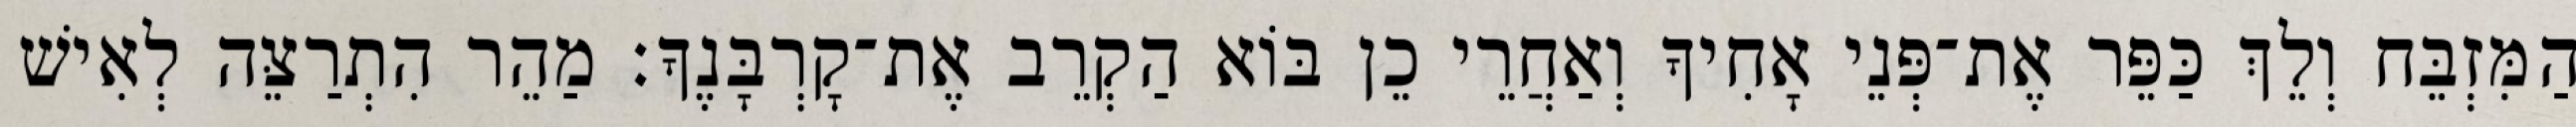
הַמִּזְבֵּח וְלֵךְ כַּפֵּר אֶת־פְּנֵי אָחִיךָ וְאַחֲרֵי כֵן בּוֹא הַקְרֵב אֶת־קָרְבָּנֶךָ׃ מַהֵר הִתְרַצֵּה לְאִישׁ